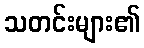
သတင်းများ၏